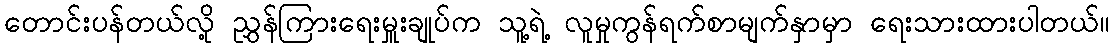
တောင်းပန်တယ်လို့ ညွှန်ကြားရေးမှူးချုပ်က သူ့ရဲ့ လူမှုကွန်ရက်စာမျက်နှာမှာ ရေးသားထားပါတယ်။